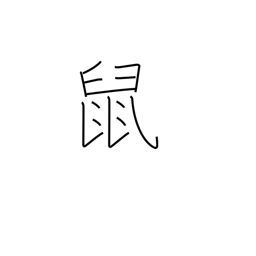
Meaning: rat